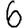
Digit: 6